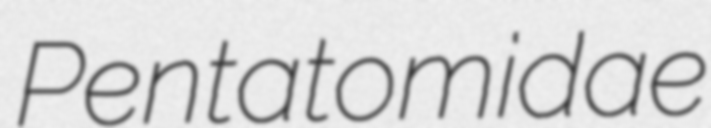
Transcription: Pentatomidae